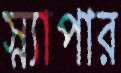
স্ন্যাপার